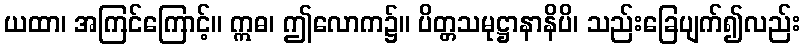
ယထာ၊ အကြင်ကြောင့်။ ဣဓ၊ ဤလောက၌။ ပိတ္တသမုဋ္ဌာနာနိပိ၊ သည်းခြေပျက်၍လည်း